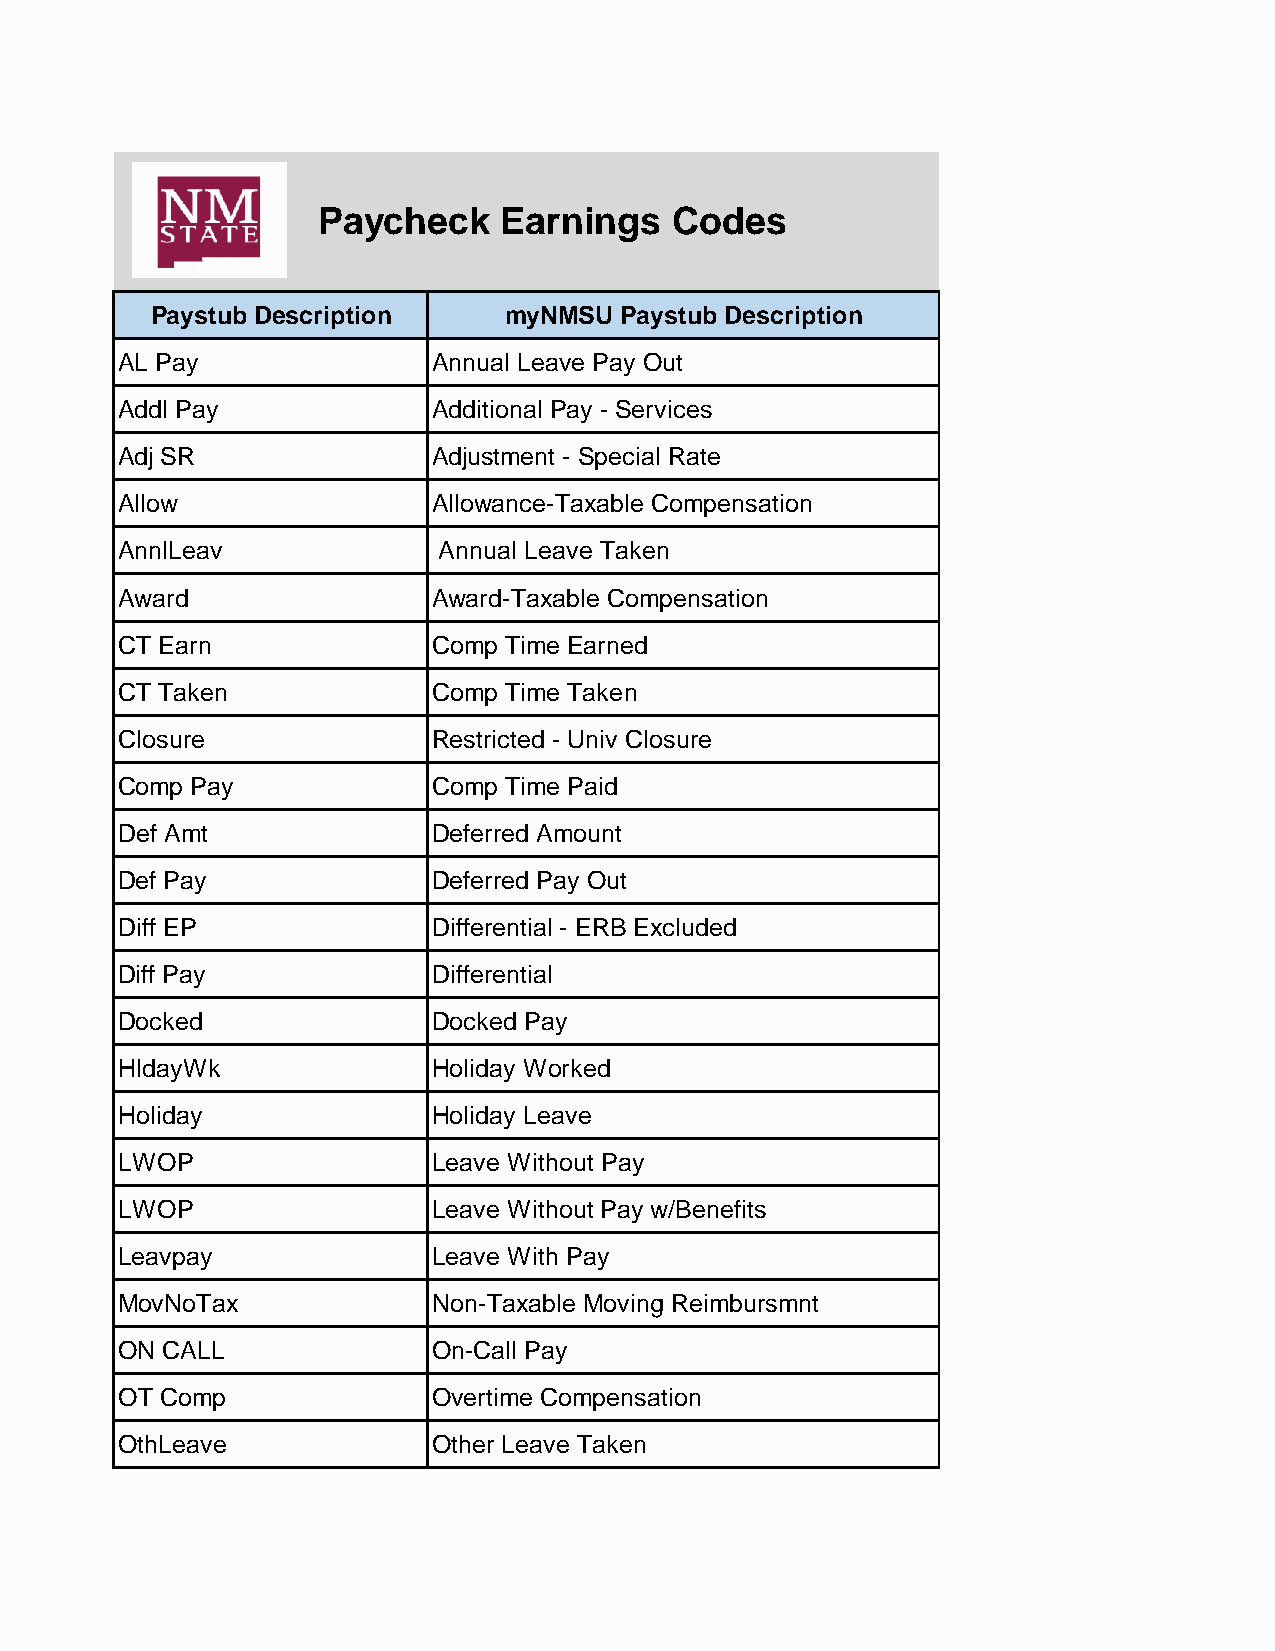
Paycheck    Earnings   Codes
 Paystub Description    myNMSU  Paystub Description
 AL Pay               Annual Leave Pay Out
 Addl Pay             Additional Pay - Services
 Adj SR               Adjustment - Special Rate
 Allow                Allowance-Taxable Compensation
 AnnlLeav             Annual Leave Taken
 Award                Award-Taxable Compensation
 CT Earn              Comp Time Earned
 CT Taken             Comp Time Taken
 Closure              Restricted - Univ Closure
 Comp Pay             Comp Time Paid
 Def Amt              Deferred Amount
 Def Pay              Deferred Pay Out
 Diff EP              Differential - ERB Excluded
 Diff Pay             Differential
 Docked               Docked Pay
 HldayWk              Holiday Worked
 Holiday              Holiday Leave
 LWOP                 Leave Without Pay
 LWOP                 Leave Without Pay w/Benefits
 Leavpay              Leave With Pay
 MovNoTax             Non-Taxable Moving Reimbursmnt
 ON CALL              On-Call Pay
 OT Comp              Overtime Compensation
 OthLeave             Other Leave Taken